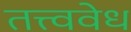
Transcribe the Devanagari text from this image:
तत्त्ववेध